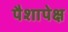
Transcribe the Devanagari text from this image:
पैशापेक्ष